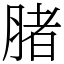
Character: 䐗